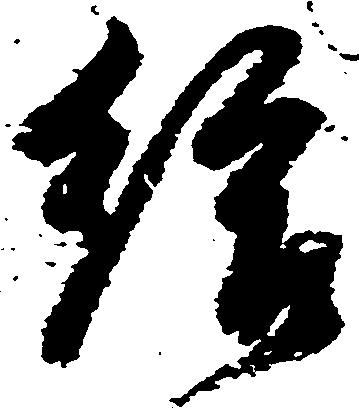
給